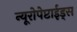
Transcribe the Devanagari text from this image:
न्यूरोपेप्टाईड्स